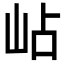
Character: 岾